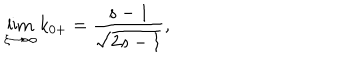
LaTeX: \lim _ { \xi \rightarrow \infty } k _ { 0 + } = \frac { s - 1 } { \sqrt { 2 s - 1 } } ,